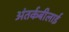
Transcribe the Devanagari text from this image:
अंतर्कबीलाई